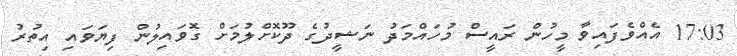
17:03 އެއްވެފައިވާ މީހުން ރައީސް މުހައްމަދު ނަޝީދުގެ ދޫކޮށްލުމަށް ގޮވައިލުން ފިޔަވައި އިތުރު